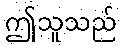
ဤသူသည်